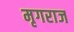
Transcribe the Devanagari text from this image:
मृगराज